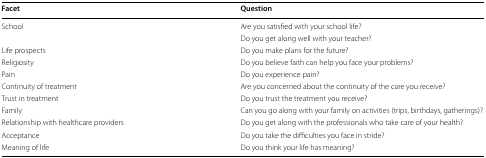
| Facet | Question |
 | --- | --- |
 | <ROWSPAN=2> School | Are you satisfied with your school life? |
 | Do you get along well with your teacher? |
 | Life prospects | Do you make plans for the future? |
 | Religiosity | Do you believe faith can help you face your problems? |
 | Pain | Do you experience pain? |
 | Continuity of treatment | Are you concerned about the continuity of the care you receive? |
 | Trust in treatment | Do you trust the treatment you receive? |
 | Family | Can you go along with your family on activities (trips, birthdays, gatherings)? |
 | Relationship with healthcare providers | Do you get along with the professionals who take care of your health? |
 | Acceptance | Do you take the difficulties you face in stride? |
 | Meaning of life | Do you think your life has meaning? |